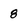
Character: 8